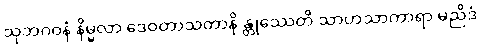
သုဘဂဝနံ နိမ္မလာ ဒေဝတာသတာနိ န္တုဿေတိ သာဟသာကာရာ မညိဒံ